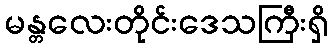
မန္တလေးတိုင်းဒေသကြီးရှိ